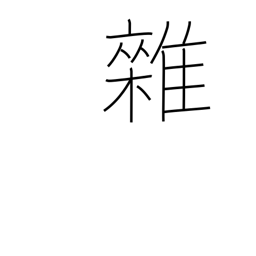
Meaning: mixed